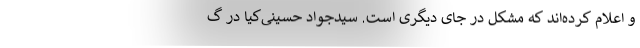
و اعلام کرده‌اند که مشکل در جای دیگری است. سیدجواد حسینی‌کیا در گ